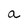
Character: a